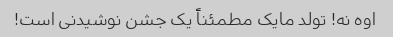
اوه نه! تولد مایک مطمئناً یک جشن نوشیدنی است!